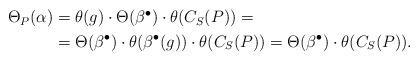
LaTeX: \begin{align*}\begin{aligned}\Theta_P(\alpha) & = \theta(g) \cdot \Theta(\beta^{\bullet}) \cdot \theta(C_S(P)) = \\ & = \Theta(\beta^{\bullet}) \cdot \theta(\beta^{\bullet}(g)) \cdot \theta(C_S(P)) = \Theta(\beta^{\bullet}) \cdot \theta(C_S(P)).\end{aligned}\end{align*}